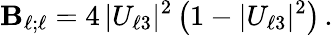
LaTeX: \mathbf{B}_{{\ell};{\ell}}=4\, |U_{{\ell}3}|^{2}\left(1-|U_{{\ell}3}|^{2}\right)\, .